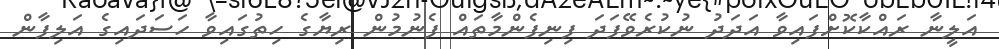
އަލީނާ ރައްކާކޮށްފައިވާ އަދަދު ނުކުރެވޭފަދަ ފިނިފެންމާތައް ފެނުމުން ރިޔާގެ ހިތުގައިވާ ހަސަދައިގެ އަލިފާން